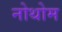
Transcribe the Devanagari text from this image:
नोथोम